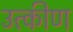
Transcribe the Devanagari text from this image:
उत्कीण